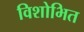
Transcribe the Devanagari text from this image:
विशोभित